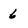
Character: 6